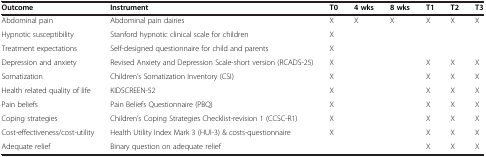
<table><thead><tr><td><b>Outcome</b></td><td><b>Instrument</b></td><td><b>T0</b></td><td><b>4 wks</b></td><td><b>8 wks</b></td><td><b>T1</b></td><td><b>T2</b></td><td><b>T3</b></td></tr></thead><tbody><tr><td>Abdominal pain</td><td>Abdominal pain dairies</td><td>X</td><td>X</td><td>X</td><td>X</td><td>X</td><td>X</td></tr><tr><td>Hypnotic susceptibility</td><td>Stanford hypnotic clinical scale for children</td><td>X</td><td> </td><td> </td><td> </td><td> </td><td> </td></tr><tr><td>Treatment expectations</td><td>Self-designed questionnaire for child and parents</td><td>X</td><td> </td><td> </td><td> </td><td> </td><td> </td></tr><tr><td>Depression and anxiety</td><td>Revised Anxiety and Depression Scale-short version (RCADS-25)</td><td>X</td><td> </td><td> </td><td>X</td><td>X</td><td>X</td></tr><tr><td>Somatization</td><td>Children’s Somatization Inventory (CSI)</td><td>X</td><td> </td><td> </td><td>X</td><td>X</td><td>X</td></tr><tr><td>Health related quality of life</td><td>KIDSCREEN-52</td><td>X</td><td> </td><td> </td><td>X</td><td>X</td><td>X</td></tr><tr><td>Pain beliefs</td><td>Pain Beliefs Questionnaire (PBQ)</td><td>X</td><td> </td><td> </td><td>X</td><td>X</td><td>X</td></tr><tr><td>Coping strategies</td><td>Children’s Coping Strategies Checklist-revision 1 (CCSC-R1)</td><td>X</td><td> </td><td> </td><td>X</td><td>X</td><td>X</td></tr><tr><td>Cost-effectiveness/cost-utility</td><td>Health Utility Index Mark 3 (HUI-3) &amp; costs-questionnaire</td><td>X</td><td> </td><td> </td><td>X</td><td>X</td><td>X</td></tr><tr><td>Adequate relief</td><td>Binary question on adequate relief</td><td> </td><td> </td><td> </td><td>X</td><td>X</td><td>X</td></tr></tbody></table>